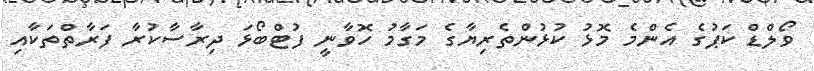
ވޯލްޑް ކަޕުގެ އެންމެ މޮޅު ކުޅުންތެރިޔާގެ މަގާމު ހޮވާނީ ފުޓްބޯޅަ ދިރާސާކުރާ ފަރާތްތަކާއި